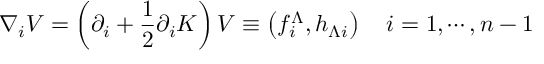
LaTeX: \nabla _ { i } V = \left( \partial _ { i } + { \frac { 1 } { 2 } } \partial _ { i } K \right) V \equiv \left( f _ { i } ^ { \Lambda } , h _ { \Lambda i } \right) \quad i = 1 , \cdots , n - 1